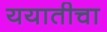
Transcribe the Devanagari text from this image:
ययातीचा